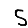
Digit: 5